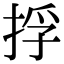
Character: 捊